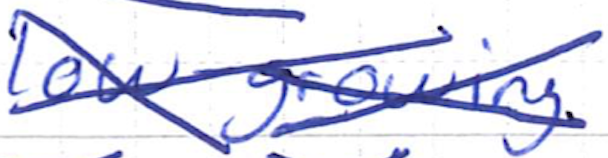
Text: low-growing
Cross-out: mix
Writing tool: ballpoint